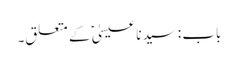
باب : سیدنا عیسیٰؑ کے متعلق۔